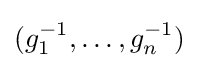
(g_{1}^{-1},\ldots ,g_{n}^{-1})